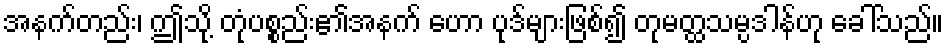
အနက်တည်း၊ ဤသို့ တုံပစ္စည်း၏အနက် ဟော ပုဒ်များဖြစ်၍ တုမတ္ထသမ္ပဒါန်ဟု ခေါ်သည်။